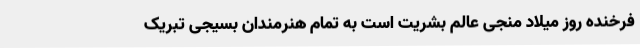
فرخنده روز میلاد منجی عالم بشریت است به تمام هنرمندان بسیجی تبریک